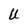
Character: U